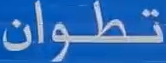
تطوان